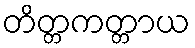
တိတ္တကတ္တာယ